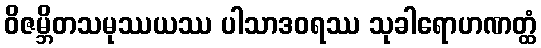
ဝိဇမ္ဘိတသမုဿယဿ ပါသာဒဝရဿ သုခါရောဟဏတ္ထံ